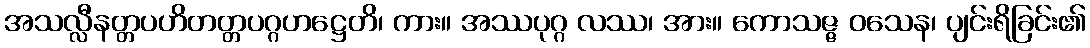
အသလ္လီနတ္တပဟိတတ္တပဂ္ဂဟဋ္ဌေတိ၊ ကား။ အဿပုဂ္ဂ လဿ၊ အား။ ကောသဇ္ဇ ဝသေန၊ ပျင်းရိခြင်း၏